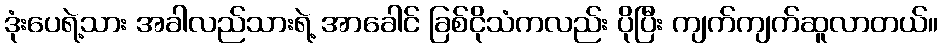
ဒုံးပေရဲ့သား အခါလည်သားရဲ့ အာခေါင် ခြစ်ငိုသံကလည်း ပိုပြီး ကျက်ကျက်ဆူလာတယ်။